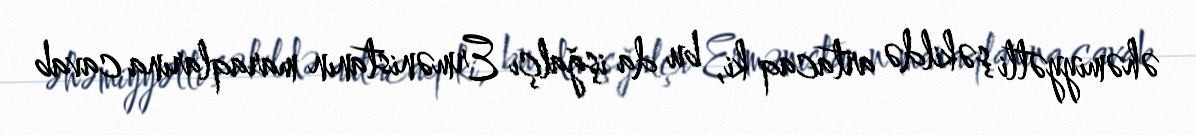
əhəmiyyətli şəkildə artacaq ki, bu da işğalçı Ermənistanın maraqlarına cavab